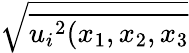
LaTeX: \sqrt{\overline{{{u_{i}}^{2}(x_{1},x_{2},x_{3}}}}